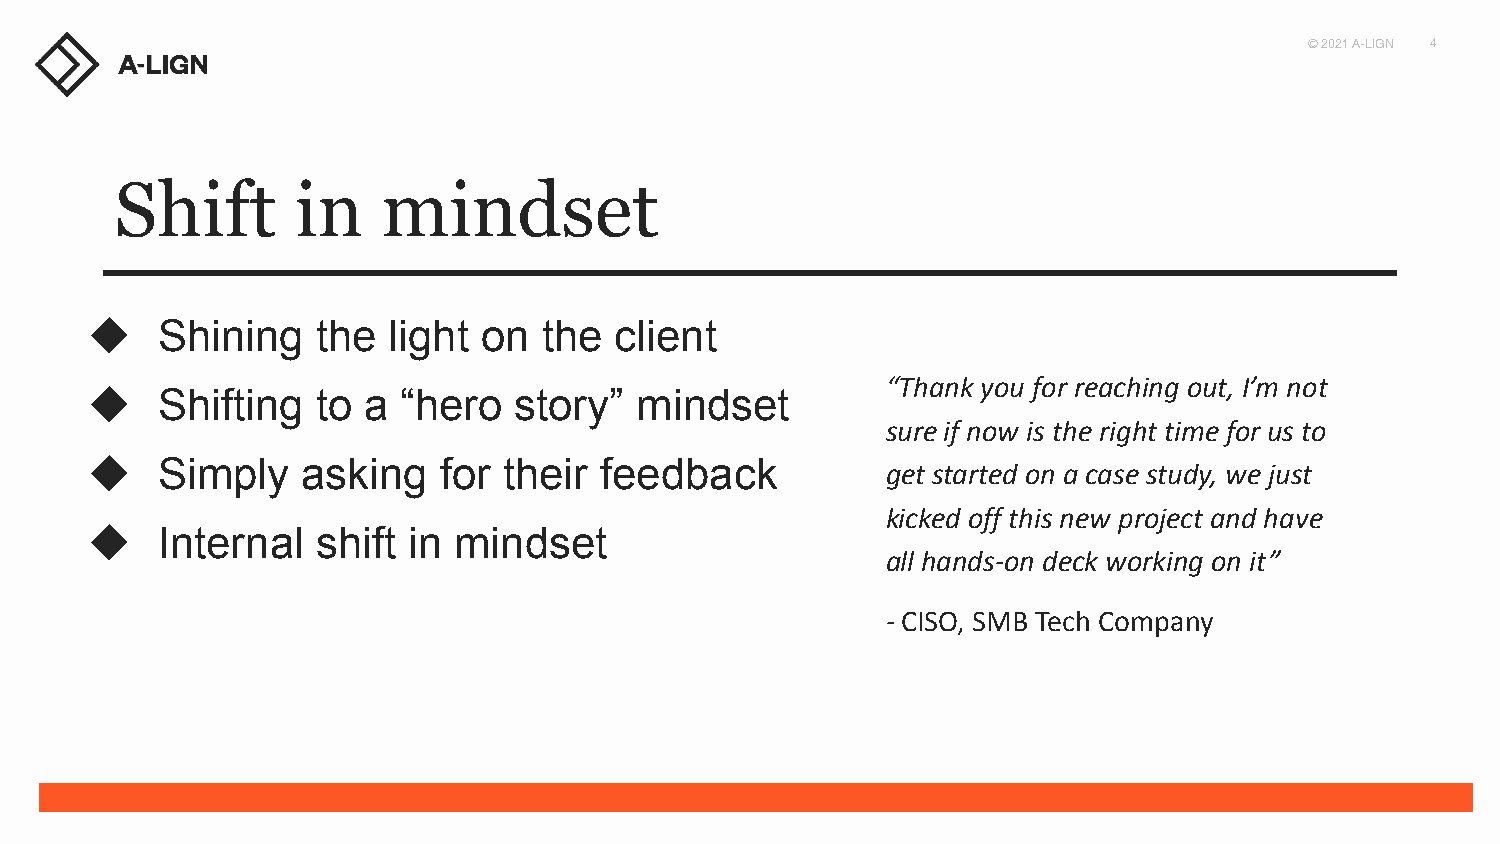
© 2021 A-LIGN 4
 Shift       in   mindset
 ◆   Shining    the  light on  the  client
 “Thank you for reaching out, I’m not
 ◆   Shifting   to a  “hero  story”  mindset
 sure if now is the right time for us to
 ◆   Simply    asking   for their  feedback
 get started on a case study, we just
 kicked off this new project and have
 ◆   Internal   shift in mindset
 all hands-on deck working on it”
 - CISO, SMB Tech Company